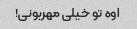
اوه تو خیلی مهربونی!